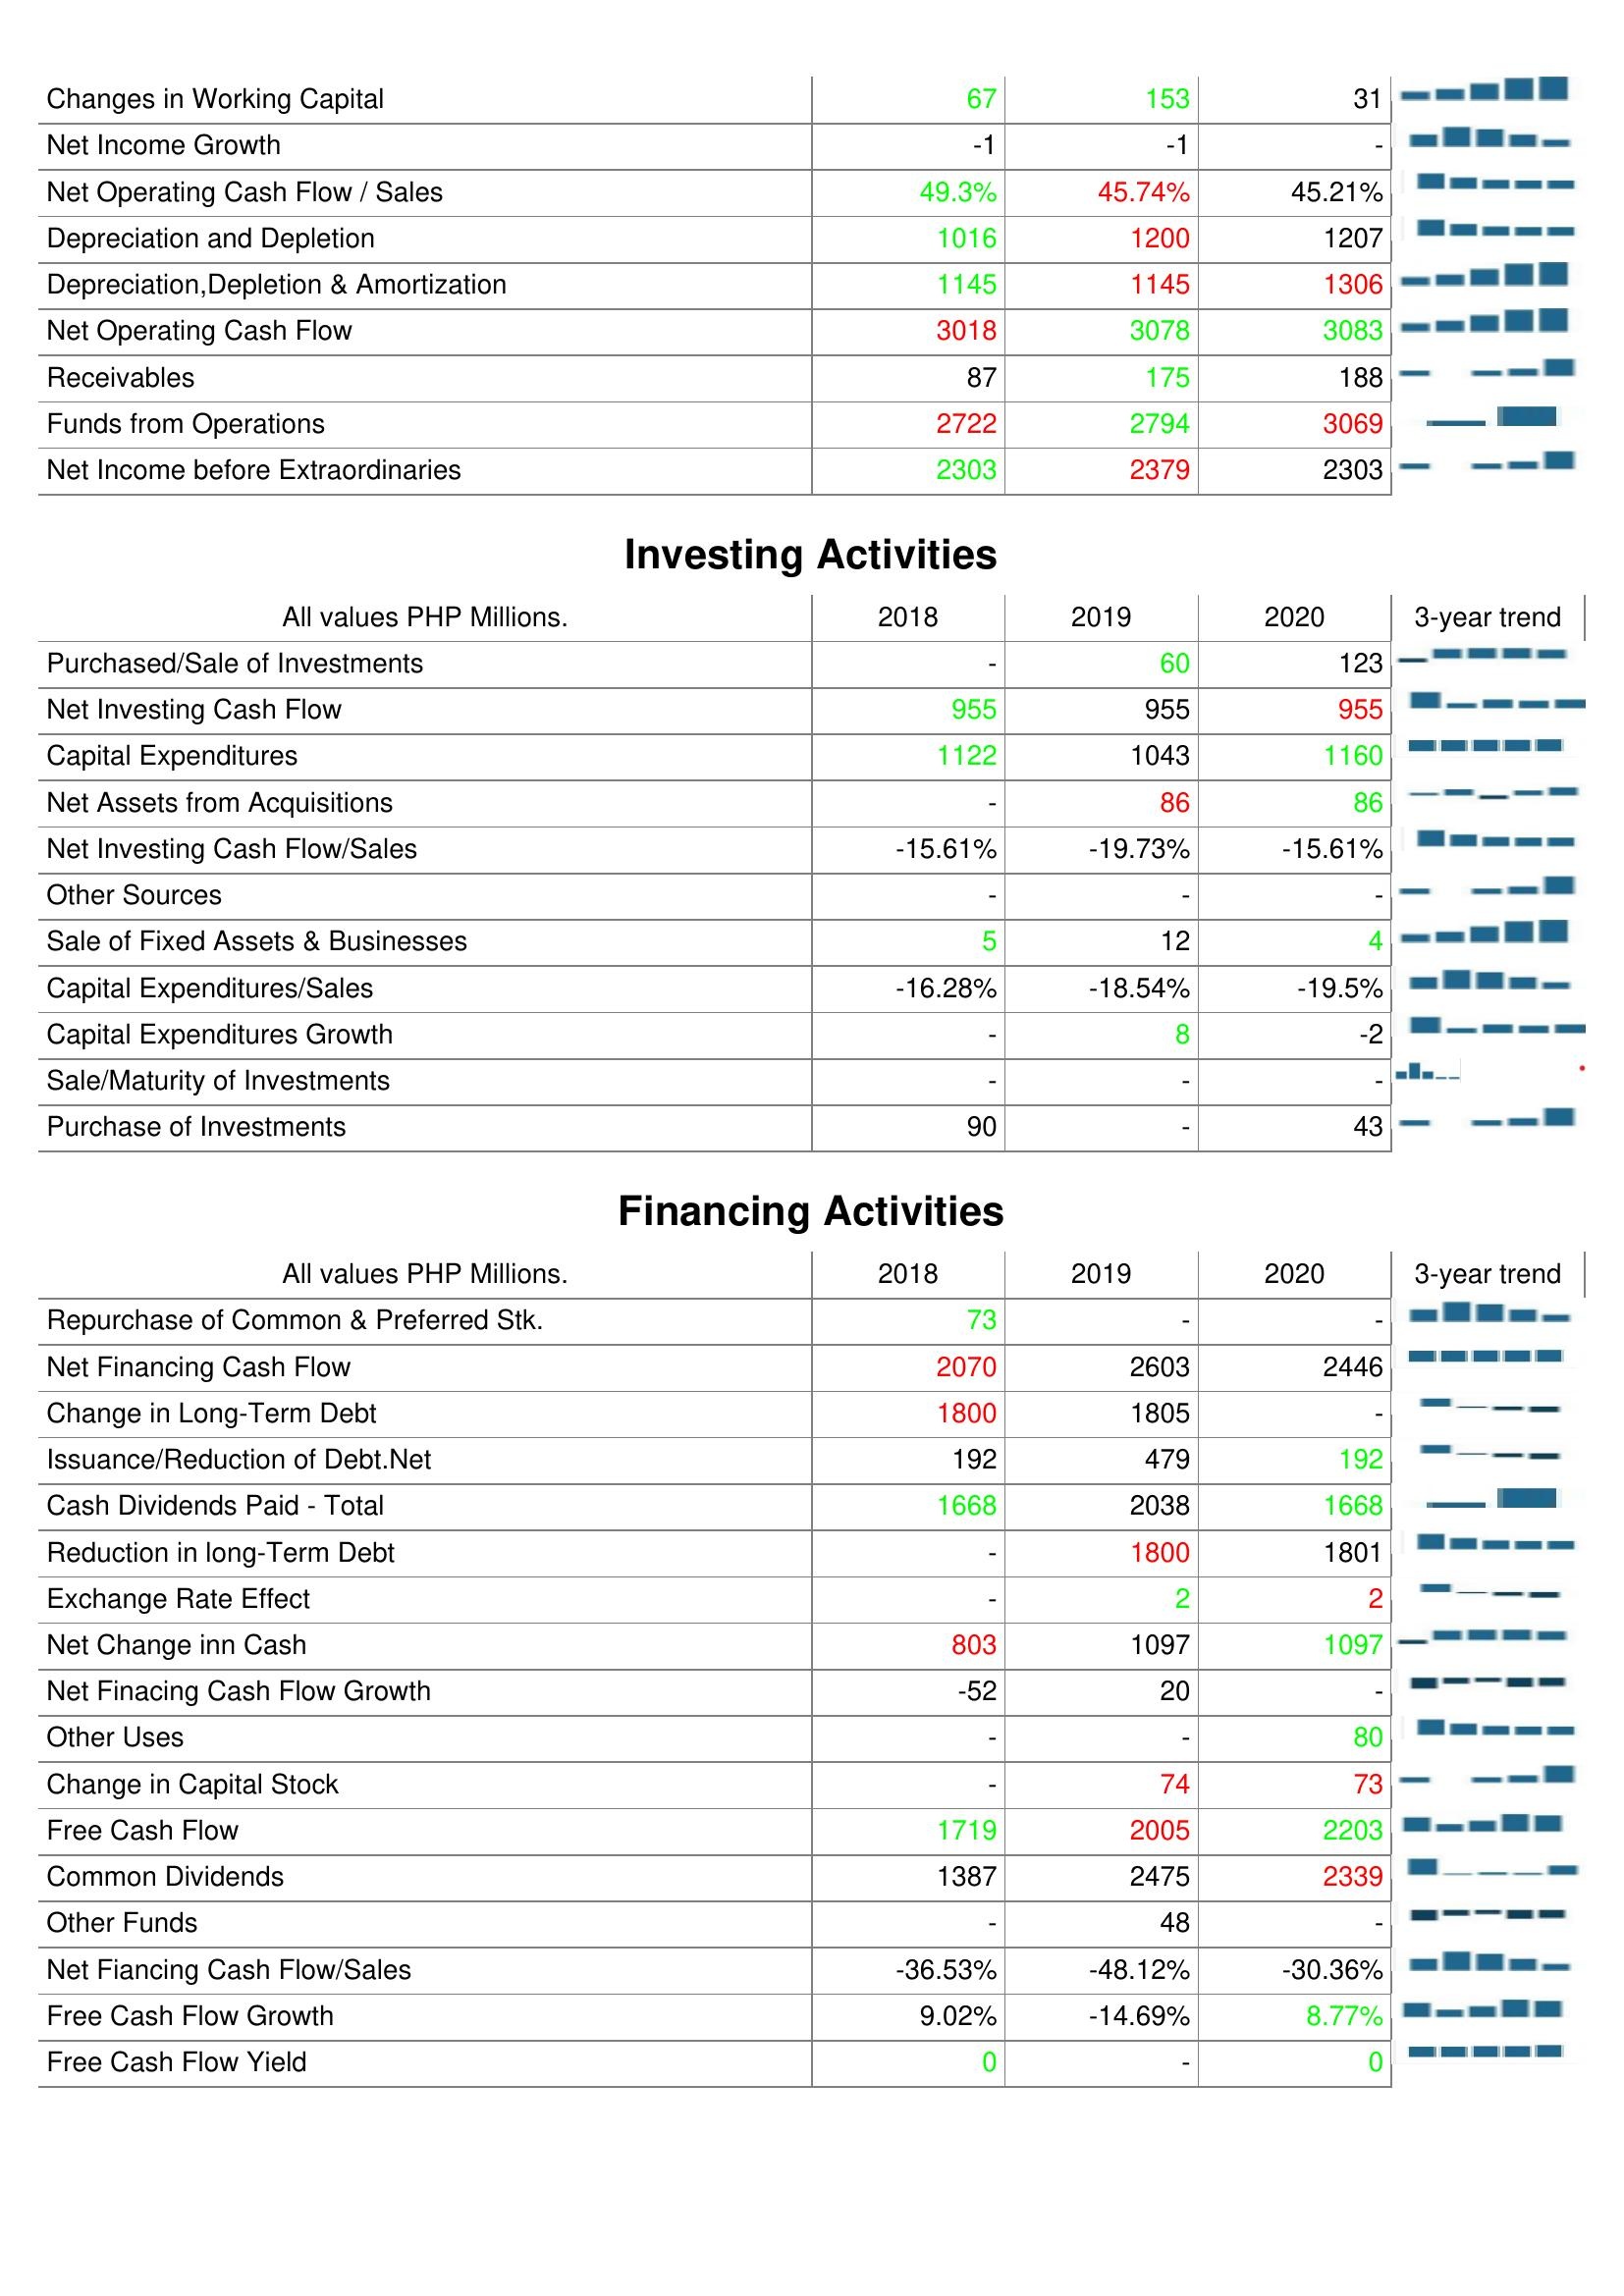
2018: Operating Activities: Changes in Working Capital: 67
Net Income Growth: -1
Net Operating Cash Flow / Sales: 49.3%
Depreciation and Depletion: 1016
Depreciation,Depletion & Amortization: 1145
Net Operating Cash Flow: 3018
Receivables: 87
Funds from Operations: 2722
Net Income before Extraordinaries: 2303
Investing Activities: Purchased/Sale of Investments: -
Net Investing Cash Flow: 955
Capital Expenditures: 1122
Net Assets from Acquisitions: -
Net Investing Cash Flow/Sales: -15.61%
Other Sources: -
Sale of Fixed Assets & Businesses: 5
Capital Expenditures/Sales: -16.28%
Capital Expenditures Growth: -
Sale/Maturity of Investments: -
Purchase of Investments: 90
Financing Activities: Repurchase of Common & Preferred Stk.: 73
Net Financing Cash Flow: 2070
Change in Long-Term Debt: 1800
Issuance/Reduction of Debt.Net: 192
Cash Dividends Paid - Total: 1668
Reduction in long-Term Debt: -
Exchange Rate Effect: -
Net Change inn Cash: 803
Net Finacing Cash Flow Growth: -52
Other Uses: -
Change in Capital Stock: -
Free Cash Flow: 1719
Common Dividends: 1387
Other Funds: -
Net Fiancing Cash Flow/Sales: -36.53%
Free Cash Flow Growth: 9.02%
Free Cash Flow Yield: 0
2019: Operating Activities: Changes in Working Capital: 153
Net Income Growth: -1
Net Operating Cash Flow / Sales: 45.74%
Depreciation and Depletion: 1200
Depreciation,Depletion & Amortization: 1145
Net Operating Cash Flow: 3078
Receivables: 175
Funds from Operations: 2794
Net Income before Extraordinaries: 2379
Investing Activities: Purchased/Sale of Investments: 60
Net Investing Cash Flow: 955
Capital Expenditures: 1043
Net Assets from Acquisitions: 86
Net Investing Cash Flow/Sales: -19.73%
Other Sources: -
Sale of Fixed Assets & Businesses: 12
Capital Expenditures/Sales: -18.54%
Capital Expenditures Growth: 8
Sale/Maturity of Investments: -
Purchase of Investments: -
Financing Activities: Repurchase of Common & Preferred Stk.: -
Net Financing Cash Flow: 2603
Change in Long-Term Debt: 1805
Issuance/Reduction of Debt.Net: 479
Cash Dividends Paid - Total: 2038
Reduction in long-Term Debt: 1800
Exchange Rate Effect: 2
Net Change inn Cash: 1097
Net Finacing Cash Flow Growth: 20
Other Uses: -
Change in Capital Stock: 74
Free Cash Flow: 2005
Common Dividends: 2475
Other Funds: 48
Net Fiancing Cash Flow/Sales: -48.12%
Free Cash Flow Growth: -14.69%
Free Cash Flow Yield: -
2020: Operating Activities: Changes in Working Capital: 31
Net Income Growth: -
Net Operating Cash Flow / Sales: 45.21%
Depreciation and Depletion: 1207
Depreciation,Depletion & Amortization: 1306
Net Operating Cash Flow: 3083
Receivables: 188
Funds from Operations: 3069
Net Income before Extraordinaries: 2303
Investing Activities: Purchased/Sale of Investments: 123
Net Investing Cash Flow: 955
Capital Expenditures: 1160
Net Assets from Acquisitions: 86
Net Investing Cash Flow/Sales: -15.61%
Other Sources: -
Sale of Fixed Assets & Businesses: 4
Capital Expenditures/Sales: -19.5%
Capital Expenditures Growth: -2
Sale/Maturity of Investments: -
Purchase of Investments: 43
Financing Activities: Repurchase of Common & Preferred Stk.: -
Net Financing Cash Flow: 2446
Change in Long-Term Debt: -
Issuance/Reduction of Debt.Net: 192
Cash Dividends Paid - Total: 1668
Reduction in long-Term Debt: 1801
Exchange Rate Effect: 2
Net Change inn Cash: 1097
Net Finacing Cash Flow Growth: -
Other Uses: 80
Change in Capital Stock: 73
Free Cash Flow: 2203
Common Dividends: 2339
Other Funds: -
Net Fiancing Cash Flow/Sales: -30.36%
Free Cash Flow Growth: 8.77%
Free Cash Flow Yield: 0